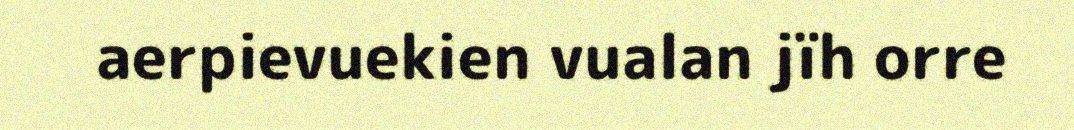
aerpievuekien vualan jïh orre